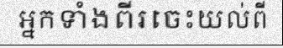
អ្នកទាំងពីរចេះយល់ពី